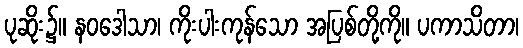
ပုဆိုး၌။ နဝဒေါသာ၊ ကိုးပါးကုန်သော အပြစ်တို့ကို။ ပကာသိတာ၊